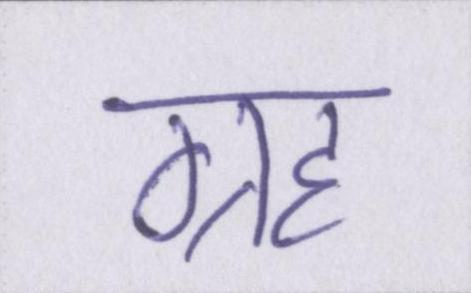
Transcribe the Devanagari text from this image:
ग्रह